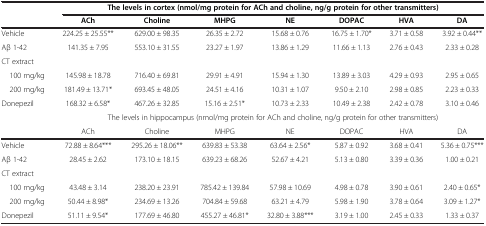
<table><thead><tr><td><b> </b></td><td colspan="7"><b>The levels in cortex (nmol/mg protein for ACh and choline, ng/g protein for other transmitters)</b></td></tr><tr><td><b> </b></td><td><b>ACh</b></td><td><b>Choline</b></td><td><b>MHPG</b></td><td><b>NE</b></td><td><b>DOPAC</b></td><td><b>HVA</b></td><td><b>DA</b></td></tr></thead><tbody><tr><td>Vehicle</td><td>224.25 ± 25.55**</td><td>629.00 ± 98.35</td><td>26.35 ± 2.72</td><td>15.68 ± 0.76</td><td>16.75 ± 1.70*</td><td>3.71 ± 0.58</td><td>3.92 ± 0.44**</td></tr><tr><td>Aβ 1-42</td><td>141.35 ± 7.95</td><td>553.10 ± 31.55</td><td>23.27 ± 1.97</td><td>13.86 ± 1.29</td><td>11.66 ± 1.13</td><td>2.76 ± 0.43</td><td>2.33 ± 0.28</td></tr><tr><td>CT extract</td><td colspan="7"> </td></tr><tr><td> 100 mg/kg</td><td>145.98 ± 18.78</td><td>716.40 ± 69.81</td><td>29.91 ± 4.91</td><td>15.94 ± 1.30</td><td>13.89 ± 3.03</td><td>4.29 ± 0.93</td><td>2.95 ± 0.65</td></tr><tr><td> 200 mg/kg</td><td>181.49 ± 13.71*</td><td>693.45 ± 48.05</td><td>24.51 ± 4.16</td><td>10.31 ± 1.07</td><td>9.50 ± 2.10</td><td>2.98 ± 0.85</td><td>2.23 ± 0.33</td></tr><tr><td>Donepezil</td><td>168.32 ± 6.58*</td><td>467.26 ± 32.85</td><td>15.16 ± 2.51*</td><td>10.73 ± 2.33</td><td>10.49 ± 2.38</td><td>2.42 ± 0.78</td><td>3.10 ± 0.46</td></tr><tr><td> </td><td colspan="7">The levels in hippocampus (nmol/mg protein for ACh and choline, ng/g protein for other transmitters)</td></tr><tr><td> </td><td>ACh</td><td>Choline</td><td>MHPG</td><td>NE</td><td>DOPAC</td><td>HVA</td><td>DA</td></tr><tr><td>Vehicle</td><td>72.88 ± 8.64***</td><td>295.26 ± 18.06**</td><td>639.83 ± 53.38</td><td>63.64 ± 2.56*</td><td>5.87 ± 0.92</td><td>3.68 ± 0.41</td><td>5.36 ± 0.75***</td></tr><tr><td>Aβ 1-42</td><td>28.45 ± 2.62</td><td>173.10 ± 18.15</td><td>639.23 ± 68.26</td><td>52.67 ± 4.21</td><td>5.13 ± 0.80</td><td>3.39 ± 0.36</td><td>1.00 ± 0.21</td></tr><tr><td>CT extract</td><td colspan="7"> </td></tr><tr><td> 100 mg/kg</td><td>43.48 ± 3.14</td><td>238.20 ± 23.91</td><td>785.42 ± 139.84</td><td>57.98 ± 10.69</td><td>4.98 ± 0.78</td><td>3.90 ± 0.61</td><td>2.40 ± 0.65*</td></tr><tr><td> 200 mg/kg</td><td>50.44 ± 8.98*</td><td>234.69 ± 13.26</td><td>704.84 ± 59.68</td><td>63.21 ± 4.79</td><td>5.98 ± 1.90</td><td>3.78 ± 0.64</td><td>3.09 ± 1.27*</td></tr><tr><td>Donepezil</td><td>51.11 ± 9.54*</td><td>177.69 ± 46.80</td><td>455.27 ± 46.81*</td><td>32.80 ± 3.88***</td><td>3.19 ± 1.00</td><td>2.45 ± 0.33</td><td>1.33 ± 0.37</td></tr></tbody></table>